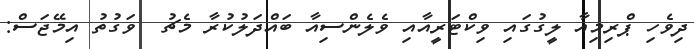
ދިވެހި ޕްރިމިއާ ލީގުގައި ވިކްޓަރީއާއި ވެލެންސިއާ ބައްދަލުކުރާ މެޗު  ވަގުތު އިމޭޖަސް: